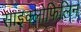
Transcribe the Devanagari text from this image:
साइक्लोफिलिन